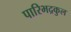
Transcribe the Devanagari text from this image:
पारिभद्रकुल